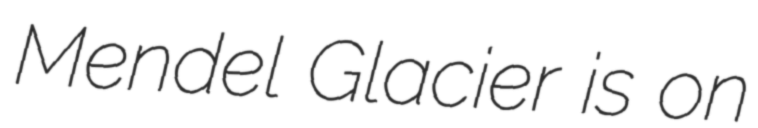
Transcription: Mendel Glacier is on